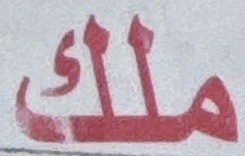
ملك